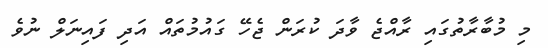
މި މުބާރާތުގައި ރާއްޖެ ވާދަ ކުރަން ޖެހޭ ގައުމުތައް އަދި ފައިނަލް ނުވެ